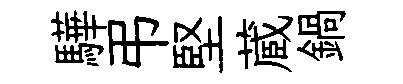
驊弔堅蔵鍋